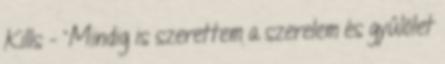
Kills - "Mindig is szerettem a szerelem és gyűlölet